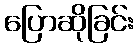
ပြောဆိုခြင်း